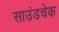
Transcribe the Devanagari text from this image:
साउंडचेक